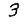
Digit: 3